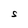
Character: S